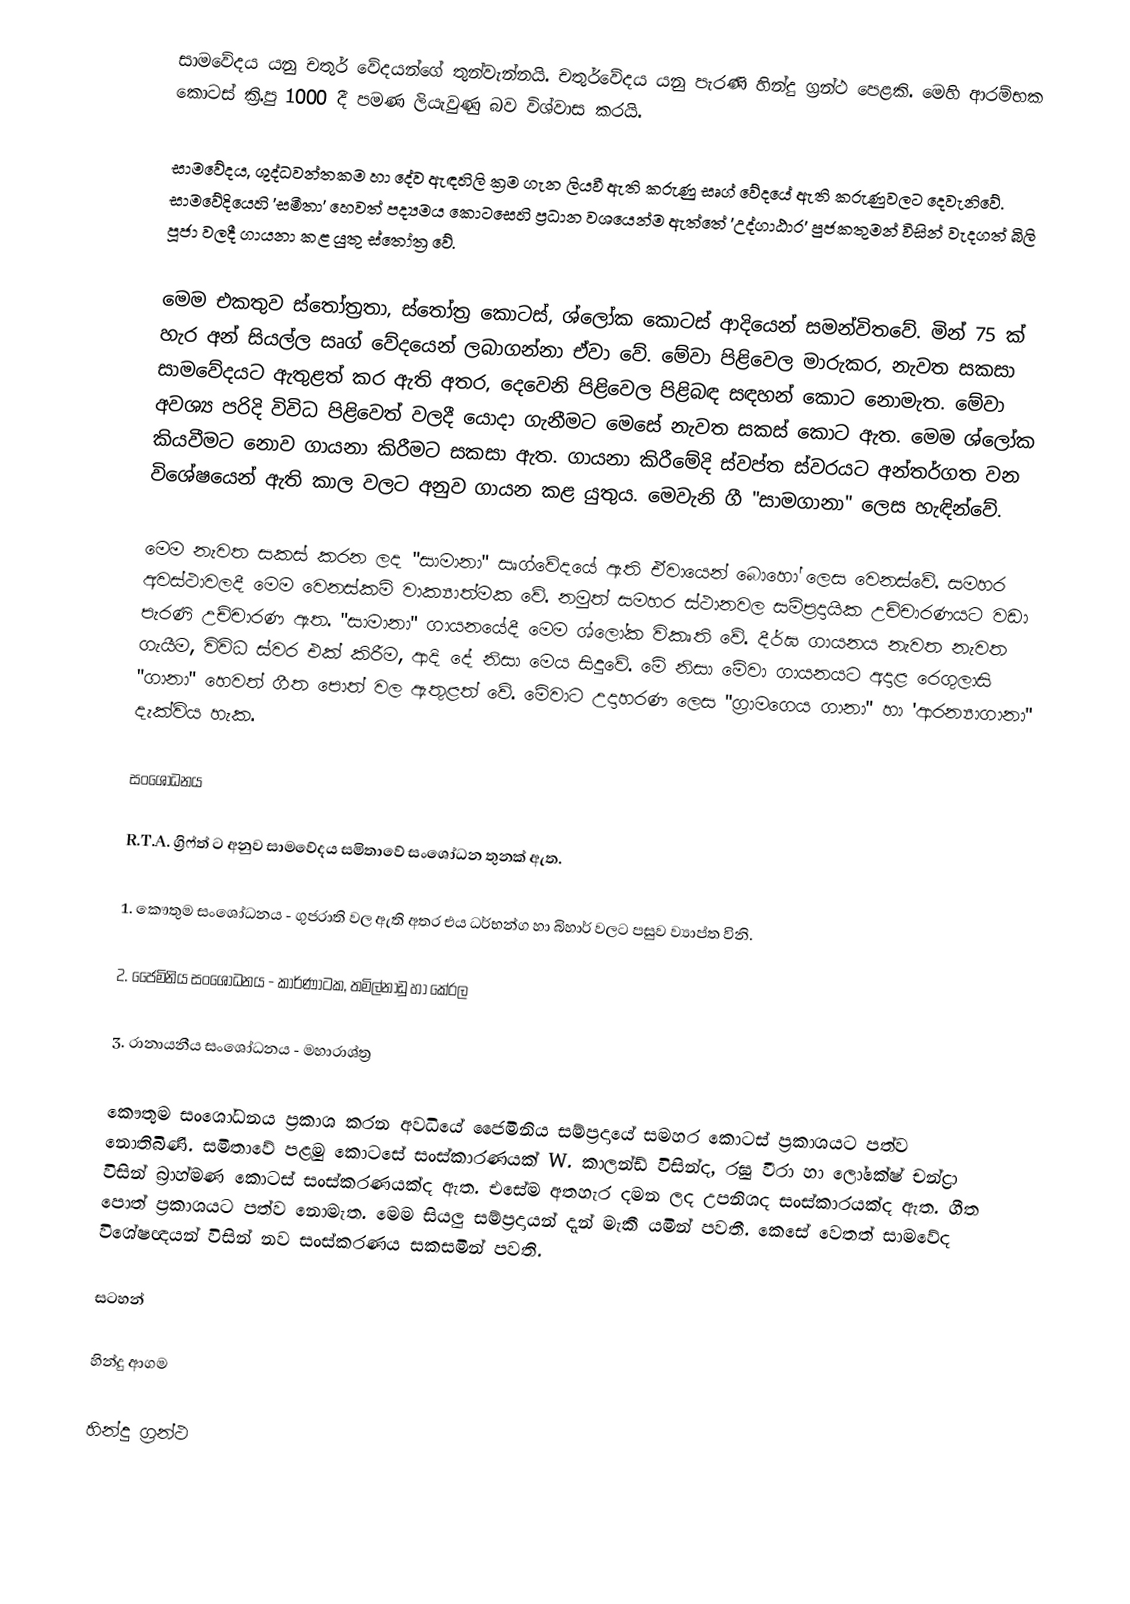
සාමවේදය යනු චතුර් වේදයන්ගේ තුන්වැන්නයි. චතුර්වේදය යනු පැරණි හින්දු ග්‍රන්ථ පෙළකි. මෙහි ආරම්භක කොටස් ක්‍රි.පු 1000 දී පමණ ලියැවුණු බව විශ්වාස කරයි.

සාමවේදය, ශුද්ධවන්තකම හා දේව ඇඳහිලි ක්‍රම ගැන ලියවී ඇති කරුණු සෘග් වේදයේ ඇති කරුණුවලට දෙවැනිවේ. සාමවේදියෙහි 'සමීතා' හෙවත් පද්‍යමය කොටසෙහි ප්‍රධාන වශයෙන්ම ඇත්තේ 'උද්ගාඨාර' පුජකතුමන් විසින් වැදගත් බිලි පූජා වලදී ගායනා කළ යුතු ස්තෝත්‍ර වේ.

මෙම එකතුව ස්තෝත්‍රතා, ස්තෝත්‍ර කොටස්, ශ්ලෝක කොටස් ආදියෙන් සමන්විතවේ. මින් 75 ක් හැර අන් සියල්ල සෘග් වේදයෙන් ලබාගන්නා ඒවා වේ. මේවා පිළිවෙල මාරුකර, නැවත සකසා සාමවේදයට ඇතුළත් කර ඇති අතර, දෙවෙනි පිළිවෙල පිළිබඳ  සඳහන් කොට නොමැත. මේවා අවශ්‍ය පරිදි විවිධ පිළිවෙත් වලදී යොදා ගැනීමට මෙසේ නැවත සකස් කොට ඇත. මෙම ශ්ලෝක කියවීමට නොව ගායනා කිරීමට සකසා ඇත. ගායනා කිරීමේදි ස්වප්ත ස්වරයට අන්තර්ගත වන විශේෂයෙන් ඇති කාල වලට අනුව ගායන කළ යුතුය. මෙවැනි ගී "සාමගානා" ලෙස හැඳින්වේ.

මෙම නැවත සකස් කරන ලද "සාමානා" සෘග්වේදයේ ඇති ඒවායෙන් බොහෝ ලෙස වෙනස්වේ. සමහර අවස්ථාවලදී මෙම වෙනස්කම් වාක්‍යාත්මක වේ. නමුත් සමහර ස්ථානවල සම්ප්‍රදායික උච්චාරණයට වඩා පැරණි උච්චාරණ ඇත. "සාමානා" ගායනයේදී මෙම ශ්ලෝක විකෘති වේ. දීර්ඝ ගායනය නැවත නැවත ගැයීම, විවිධ ස්වර එක් කිරීම, ආදි දේ නිසා මෙය සිදුවේ. මේ නිසා මේවා ගායනයට අදාළ රෙගුලාසි "ගානා" හෙවත් ගීත පොත් වල ඇතුළත් වේ. මේවාට උදාහරණ ලෙස "ග්‍රාමගෙය ගානා" හා 'ආරන්‍යාගානා" දැක්විය හැක.

සංශෝධනය

R.T.A. ග්‍රිෆ්ත් ට අනුව සාමවේදය සමිතාවේ සංශෝධන තුනක් ඇත.

1. කෞතුම සංශෝධනය - ගුජරාති වල ඇති අතර එය ධර්භන්ග හා බිහාර් වලට පසුව ව්‍යාප්ත විනි.

2. ජෛමිනිය සංශෝධනය - කාර්ණාටක, තමිල්නාඩු හා කේරල

3. රානායනීය සංශෝධනය - මහාරාශ්ත්‍ර

කෞතුම සංශෝධනය ප්‍රකාශ කරන අවධියේ ජෛමිනිය සම්ප්‍රදායේ සමහර කොටස් ප්‍රකාශයට පත්ව නොතිබිණි. සමිතාවේ පළමු කොටසේ සංස්කාරණයක් W. කාලන්ඩ් විසින්ද, රඝු වීරා හා ලෝකේෂ්  චන්ද්‍රා විසින් බ්‍රාහ්මණ කොටස් සංස්කරණයක්ද ඇත. එසේම අතහැර  දමන ලද උපනිශද සංස්කාරයක්ද ඇත. ගීත පොත් ප්‍රකාශයට පත්ව නොමැත. මෙම සියලු සම්ප්‍රදායන් දැන් මැකී යමින් පවතී. කෙසේ වෙතත් සාමවේද විශේෂඥයන් විසින් නව සංස්කරණය සකසමින් පවති.

සටහන්

හින්දු ආගම

හින්දු ග්‍රන්ථ